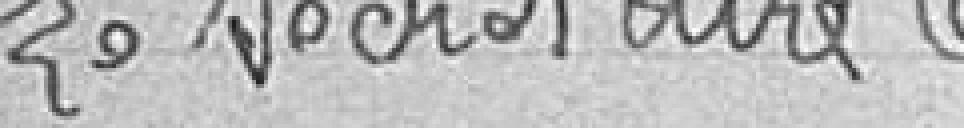
Le Secrétaire